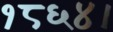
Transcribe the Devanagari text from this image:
१८६४।